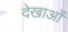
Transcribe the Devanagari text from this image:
देखाओं